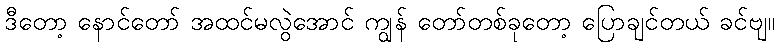
ဒီတော့ နောင်တော် အထင်မလွဲအောင် ကျွန် တော်တစ်ခုတော့ ပြောချင်တယ် ခင်ဗျ။